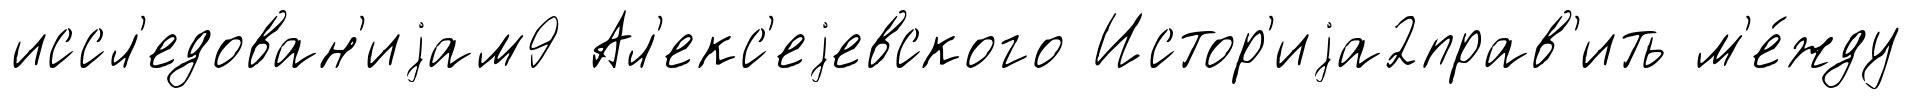
иссл'едован'иjам9 Ал'екс'еjевского Истор'иjа2прав'ить м'е́жду